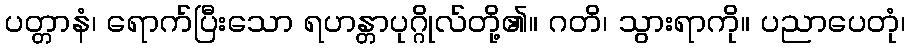
ပတ္တာနံ၊ ရောက်ပြီးသော ရဟန္တာပုဂ္ဂိုလ်တို့၏။ ဂတိ၊ သွားရာကို။ ပညာပေတုံ၊